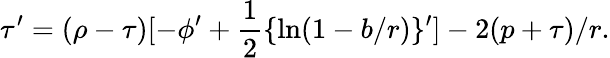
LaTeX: \tau^{\prime}=(\rho-\tau)[-\phi^{\prime}+{\frac{1}{2}}\{ \ln(1-b/r)\} ^{\prime}]-2(p+\tau)/r.